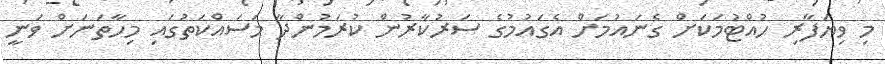
މި ވިޔަފާރި ހުއްޓުމަކަށް ގެނައުމަށް އެގައުމުގެ ސަރުކާރުން ކުރަމުންދާ މަސައްކަތުގައި މިހާތަނަށް ވަނީ